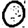
Digit: 0